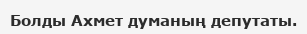
Болды Ахмет думаның депутаты.